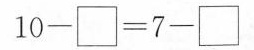
$$1 0 - \Box = 7 - \Box$$